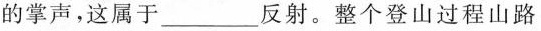
的掌声，这属于___反射。整个登山过程山路